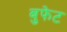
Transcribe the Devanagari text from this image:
बुफेट